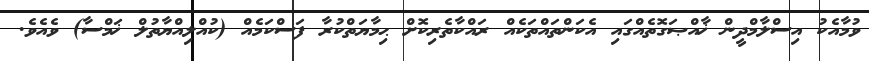
ވުމާއެކު އިސްލާމްދީން ޚާއްޞަގޮތެއްގައި އެކަންތައްތަކެއް ރައްކާތެރިކޮށް ޙިމާޔަތްކުރާ ފަސްކަމެއް (ކުއްލިއްޔާތުލް ޚަމްސާ) ވެއެވެ.